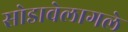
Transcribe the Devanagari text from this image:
सोडावेलागले